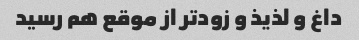
داغ و لذیذ و زودتر از موقع هم رسید